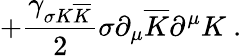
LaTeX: +\frac{\gamma_{\sigma K\overline{{{K}}}}}{2}\sigma\partial_{\mu}{\overline{{{K}}}}\partial^{\mu}{K}\ .